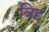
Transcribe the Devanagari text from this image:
बिद्दू